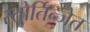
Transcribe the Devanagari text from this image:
स्तोर्तिन्जेत